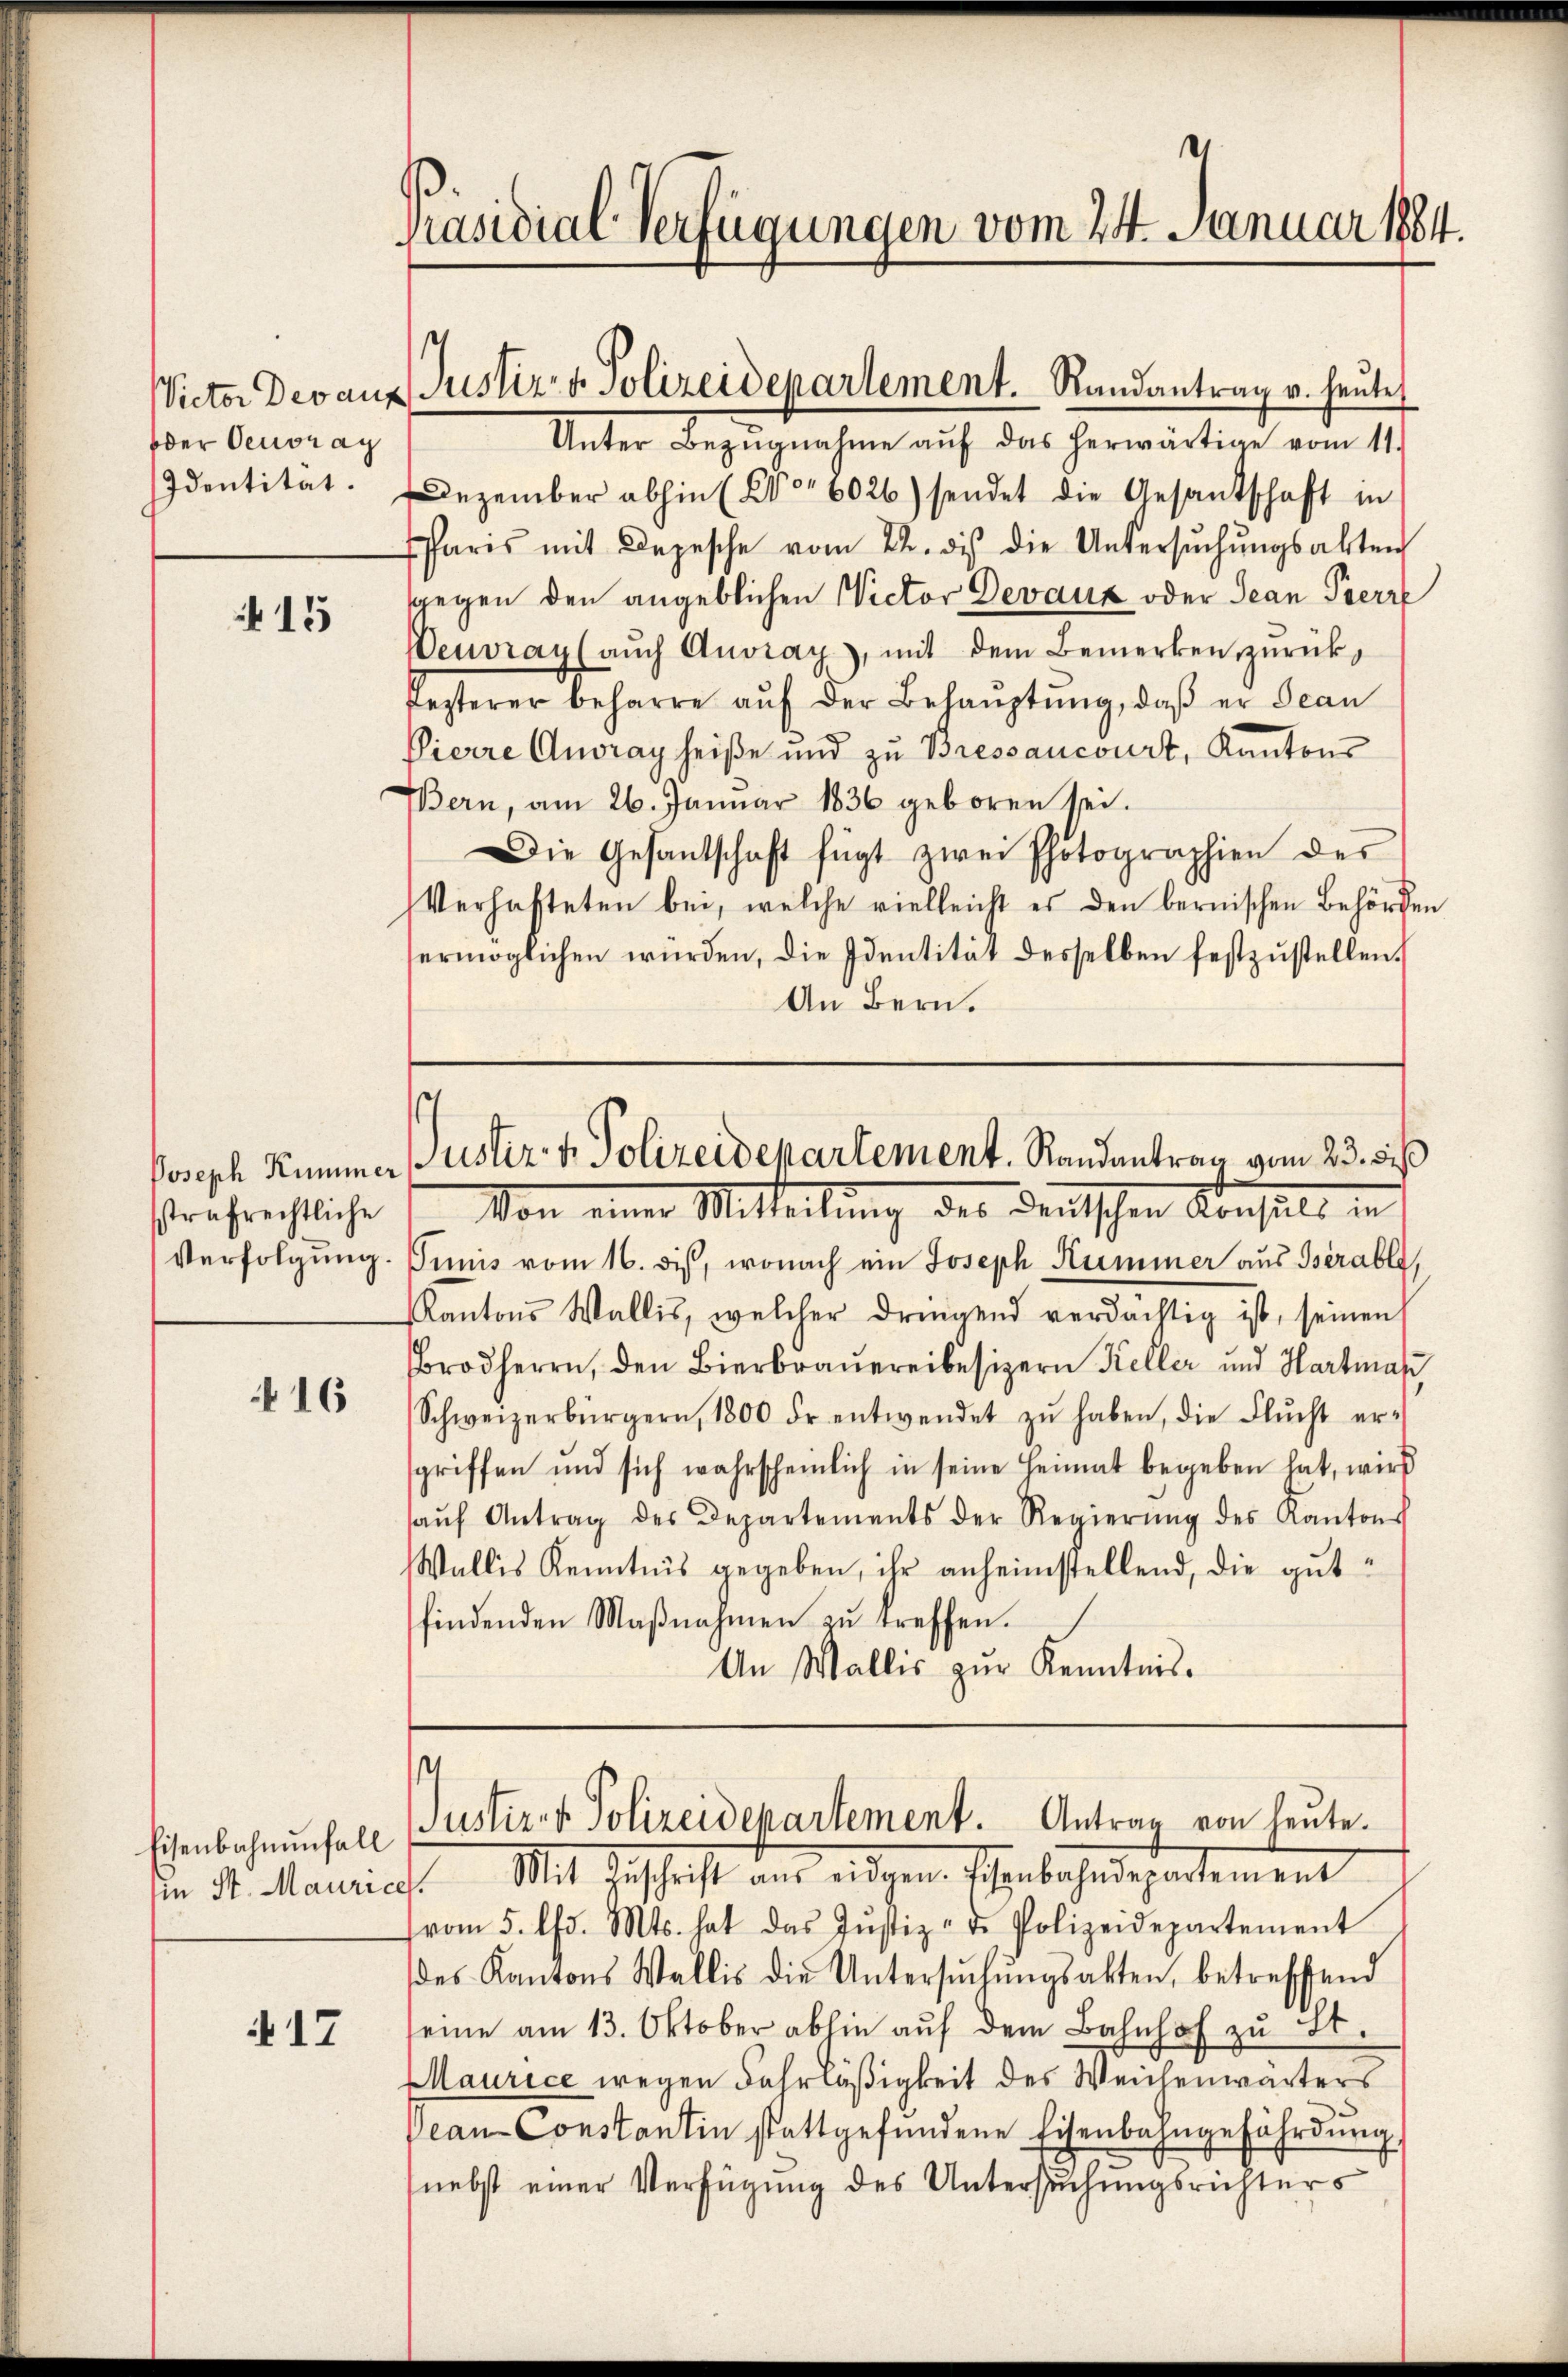
oder Oeuvrag
Identität.

15

sstrafrechtliche
Verfolgung.

N 16

sie St. Maurich

17

Präsidial-Verfügungen vom 24. Januar 1884.

Unter Bezŭgnahme aŭf das herwärtige vom 11.
Dezember abhin (Wo 6026) sendet die Gesantschaft in
Paris mit Depesche vom 22. des die Untersŭchŭngsakten
sgegen den angeblichen Victor Devanz oder Jean Perre
Neuray (aŭch Anoray, mit dem Bemerken zŭrückfezterer beharre aŭf der Behaŭptŭng, daβ er Scan
Pierre Anoray heiße und zu Bressancourt, Kantons
Bern, am 26. Januar 1836 geboren sei.
Die Gesandschaft fügt zwei Photographien der
Verhafteten bei, welche vielleicht es den bernischen Behörden
ermöglichen würden, die Identität desselben festzustellen.
An Bern.

.
Victor Des aus Justiz- & Polizeidepartement. Randantrag v. heutet

Joseph Kummer Justiz- & Polizeidepartement. Randantrag vom 23. bis
Von eine Mitteilung des Deutschen Konsuls in

Tunis vom 16. dis, wonach ein Joseph Kummer aus Bsérable,
Kantons Wallis, welcher dringend verdächtig ist, seinen
Brodherrn, den Bierbraŭereibesizern Keller und Hartman
Schweizerbürgern, 1800 fr entwendet zŭ haben, die Flŭcht er-
sgriffen und sich wahrscheinlich in seine Heimat begeben hat, wird
aŭf Antrag des Departements der Regierŭng des Kantons
Wallis Kenntnis gegeben, ihr anheimstellend, die gutfindenden Maβnahmen zŭ treffen.
An Wallis zur Kenntnis.

Mit Zuschrift aus eidgen. Eisenbahndepartement
.
vom 5. d. Mts. hat das Jŭstiz- u. Polizeidepartement
des Kantons Wallis die Untersŭchŭngsakten, betreffend
eine am 13. Oktober abhin aŭf dem Bahnhof zu St.
Maurice wegen Fahrläßigkeit des Weichenwärters
Dean Constantin stattgefundene Eisenbahngefährdung
nebst einer Verfügung des Untersuchungsrichters

t
Eisenbahnŭnfall Justiz- & Polizeidepartement. Antrag von heute.